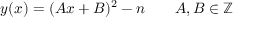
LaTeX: y ( x ) = ( A x + B ) ^ { 2 } - n \qquad A , B \in \mathbb { Z }